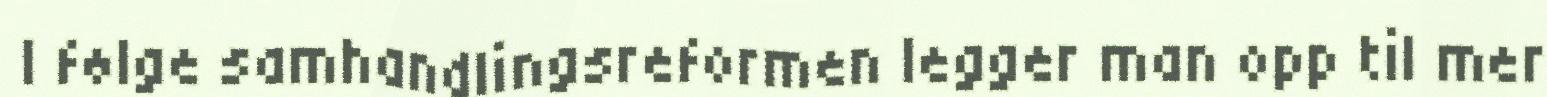
I følge samhandlingsreformen legger man opp til mer